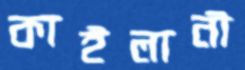
কাইলানী